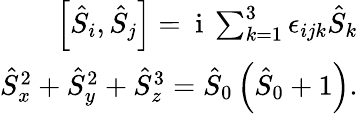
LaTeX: \begin{array}{r}{\left[\hat{S}_{i},\hat{S}_{j}\right]=\mathrm{~i~}\sum_{k=1}^{3}\epsilon_{ijk}\hat{S}_{k}}\\ {\hat{S}_{x}^{2}+\hat{S}_{y}^{2}+\hat{S}_{z}^{3}=\hat{S}_{0}\left(\hat{S}_{0}+1\right).}\end{array}